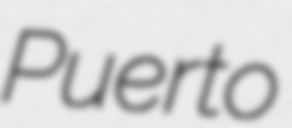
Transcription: Puerto